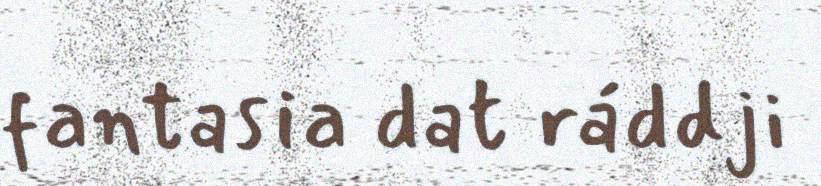
fantasia dat ráddji